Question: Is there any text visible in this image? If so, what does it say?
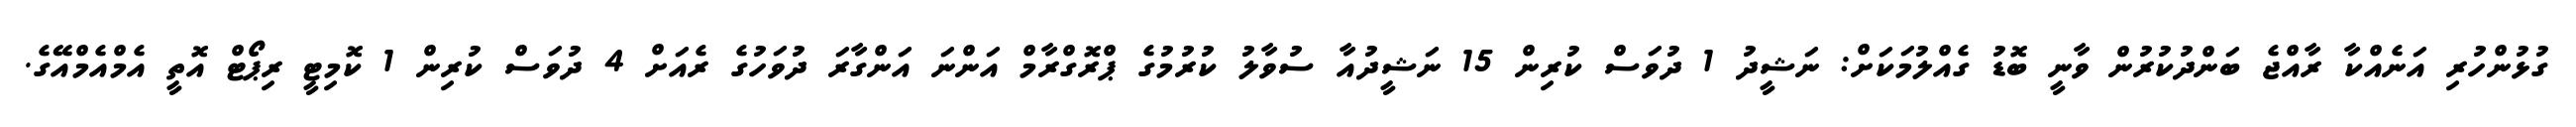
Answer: ގުޅުންހުރި އަނެއްކާ ރާއްޖެ ބަންދުކުރުން ވާނީ ބޮޑު ގެއްލުމަކަށް: ނަޝީދު 1 ދުވަސް ކުރިން 15 ނަޝީދުއާ ސުވާލު ކުރުމުގެ ޕްރޮގްރާމް އަންނަ އަންގާރަ ދުވަހުގެ ރެއަށް 4 ދުވަސް ކުރިން 1 ކޮމިޓީ ރިޕޯޓް އޮތީ އެމްއެމްއޭގެ.